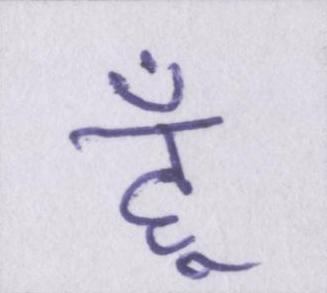
हूँ